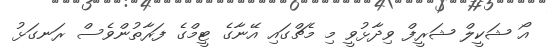
އޯ ޝަކީލް ޝަރީފް ވިދާޅުވީ މި މެޗްގައި އޭނާގެ ޓީމްގެ ފަރާތުންވެސް ރަނގަޅު